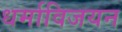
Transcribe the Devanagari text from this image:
धर्माविजयन